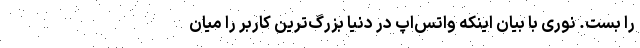
را بست. نوری با بیان اینکه واتس‌اپ در دنیا بزرگ‌ترین کاربر را میان